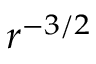
r ^ { - 3 / 2 }